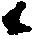
候